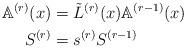
LaTeX: \begin{align*}\mathbb{A}^{(r)}(x) &=\tilde{L}^{(r)}(x)\mathbb{A}^{(r-1)}(x)\\S^{(r)} &= s^{(r)}S^{(r-1)}\end{align*}